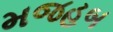
મજહબ